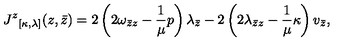
{ J ^ { z } } _ { [ \kappa , \lambda ] } ( z , \bar { z } ) = 2 \left( 2 \omega _ { \bar { z } z } - \frac { 1 } { \mu } p \right) \lambda _ { \bar { z } } - 2 \left( 2 \lambda _ { \bar { z } z } - \frac { 1 } { \mu } \kappa \right) v _ { \bar { z } } ,